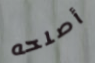
أصلحه